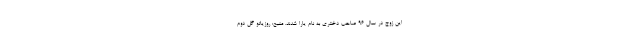
این زوج در سال ۹۶ صاحب دختری به نام یارا شدند. منبع: روزیاتو گل دوم